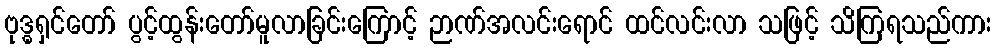
ဗုဒ္ဓရှင်တော် ပွင့်ထွန်းတော်မူလာခြင်းကြောင့် ဉာဏ်အလင်းရောင် ထင်လင်းလာ သဖြင့် သိကြရသည်ကား